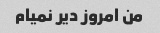
من امروز دیر نمیام